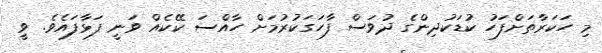
މި ހަކަރާތަށްފަހު ކުޑަކުދިންގެ ދުވަސް ފާހަގަކުރުމަށް ހާއްސަ ކޭކެއް ވަނީ ފަޅާފައެވެ. ވީ